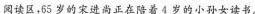
阅读区，55岁的宋进尚正在陪着4岁的小孙女读书。